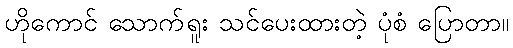
ဟိုကောင် သောက်ရူး သင်ပေးထားတဲ့ ပုံစံ ပြောတာ။